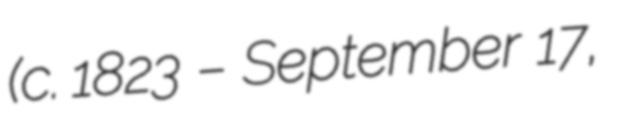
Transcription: (c. 1823 – September 17,